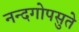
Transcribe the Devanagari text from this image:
नन्दगोपसुते